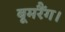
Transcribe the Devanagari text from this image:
बूमरैंग।